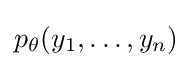
p_{\theta }(y_{1},\ldots ,y_{n})